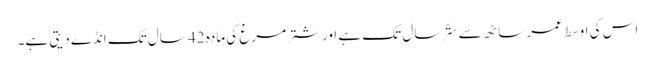
اس کی اوسط عمر ساٹھ سے ستّر سال تک ہے اور شتر مرغ کی مادہ 42 سال تک انڈے دیتی ہے۔